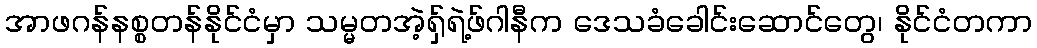
အာဖဂန်နစ္စတန်နိုင်ငံမှာ သမ္မတအဲ့ရှ်ရဲ့ဖ်ဂါနီက ဒေသခံခေါင်းဆောင်တွေ၊ နိုင်ငံတကာ